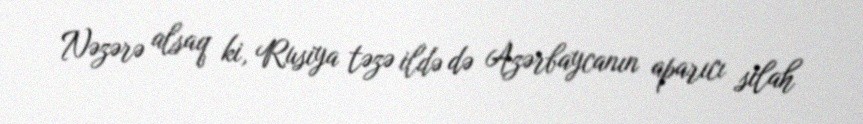
Nəzərə alsaq ki, Rusiya təzə ildə də Azərbaycanın aparıcı silah